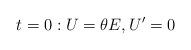
LaTeX: \begin{align*} t= 0:U=\theta E, U'= 0\end{align*}